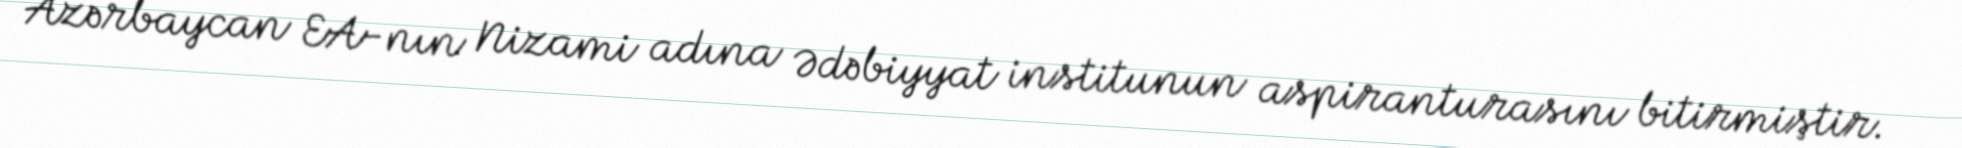
Azərbaycan EA-nın Nizami adına Ədəbiyyat institunun aspiranturasını bitirmiştir.